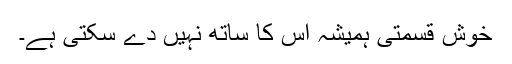
خوش قسمتی ہمیشہ اس کا ساتھ نہیں دے سکتی ہے۔